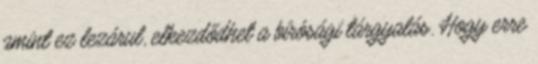
amint ez lezárul, elkezdődhet a bírósági tárgyalás. Hogy erre